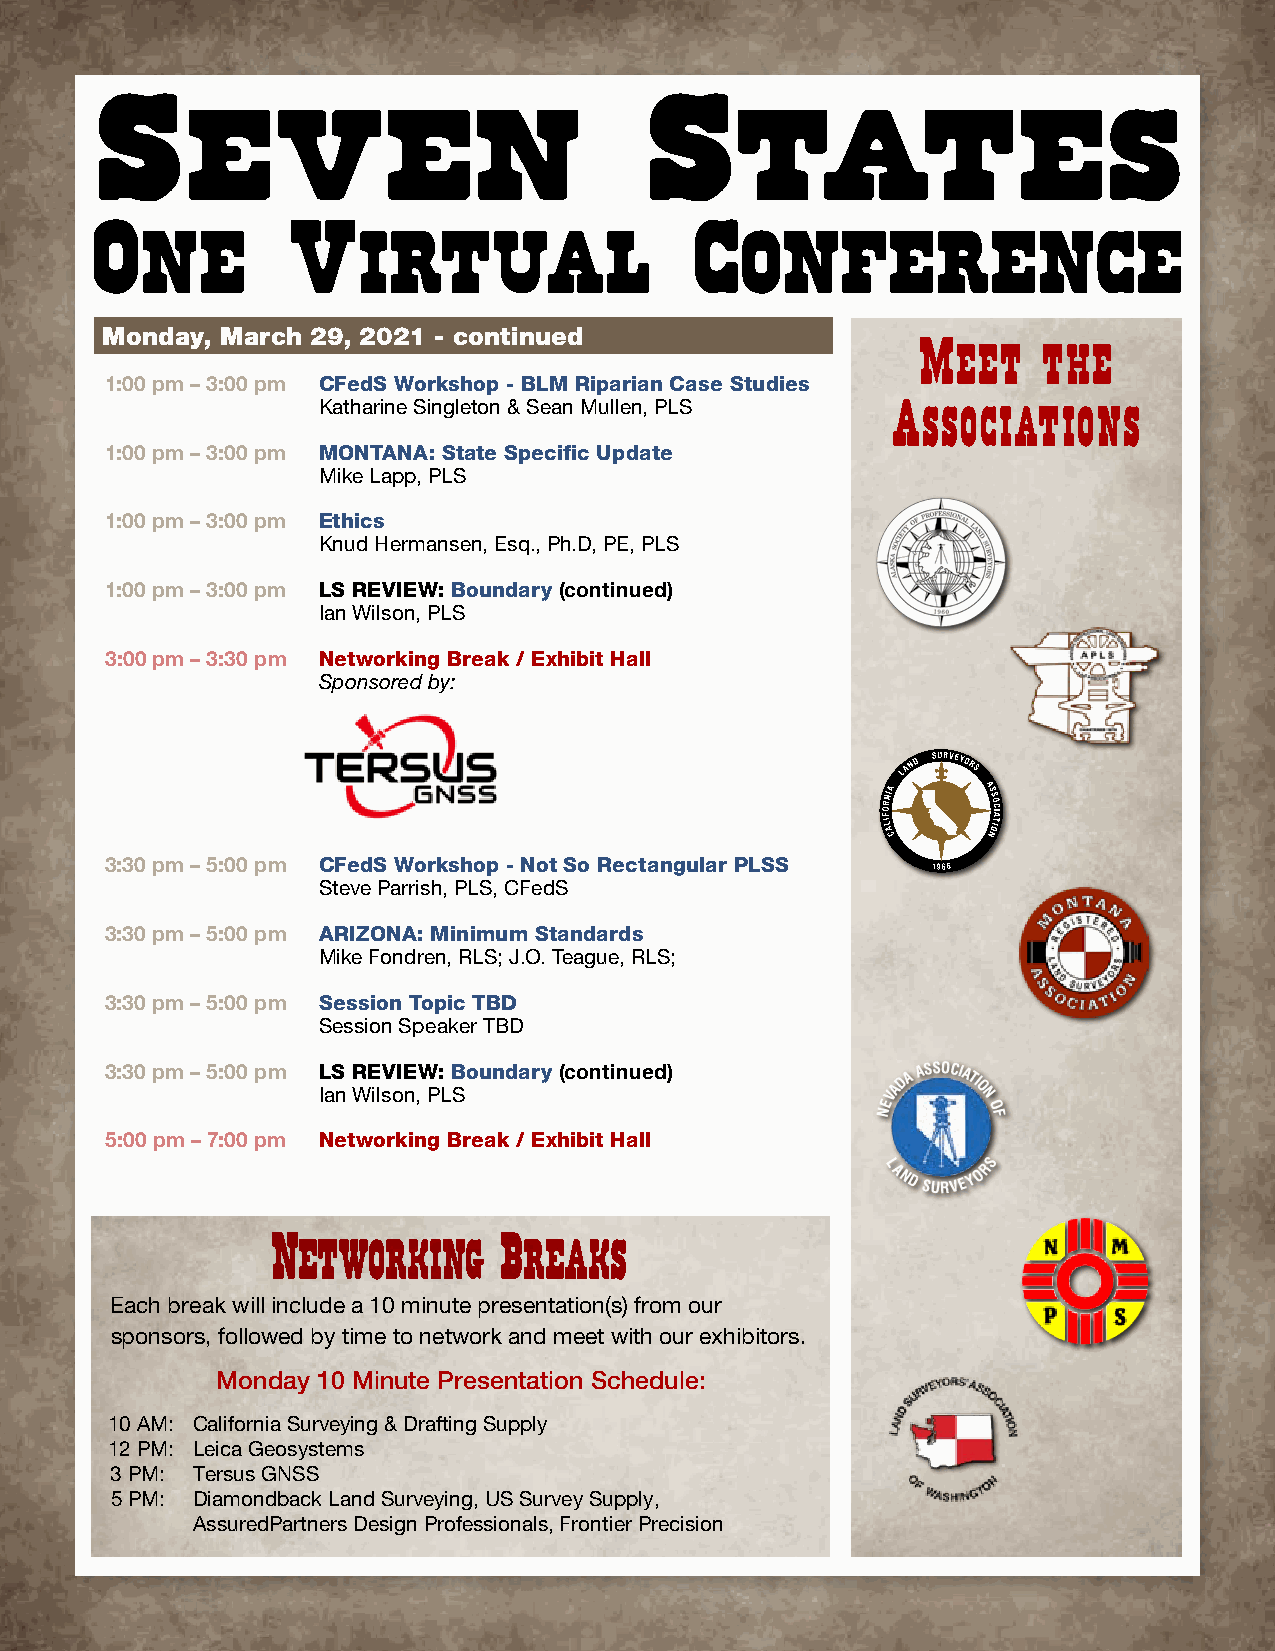
Monday, March 29, 2021 - continued
 Meet    the
 1:00 pm – 3:00 pm CFedS Workshop - BLM Riparian Case Studies
 Katharine Singleton & Sean Mullen, PLS
 Associations
 1:00 pm – 3:00 pm MONTANA: State Specific Update
 Mike Lapp, PLS
 1:00 pm – 3:00 pm Ethics
 Knud Hermansen, Esq., Ph.D, PE, PLS
 1:00 pm – 3:00 pm LS REVIEW: Boundary (continued)
 Ian Wilson, PLS
 3:00 pm – 3:30 pm Networking Break / Exhibit Hall
 Sponsored by:
 3:30 pm – 5:00 pm CFedS Workshop - Not So Rectangular PLSS
 Steve Parrish, PLS, CFedS
 3:30 pm – 5:00 pm ARIZONA: Minimum Standards
 Mike Fondren, RLS; J.O. Teague, RLS;
 3:30 pm – 5:00 pm Session Topic TBD
 Session Speaker TBD
 3:30 pm – 5:00 pm LS REVIEW: Boundary (continued)
 Ian Wilson, PLS
 5:00 pm – 7:00 pm Networking Break / Exhibit Hall
 Networking     Breaks
 Each break will include a 10 minute presentation(s) from our
 sponsors, followed by time to network and meet with our exhibitors.
 Monday 10 Minute Presentation Schedule:
 10 AM: California Surveying & Drafting Supply
 12 PM: Leica Geosystems
 3 PM: Tersus GNSS
 5 PM: Diamondback Land Surveying, US Survey Supply,
 AssuredPartners Design Professionals, Frontier Precision